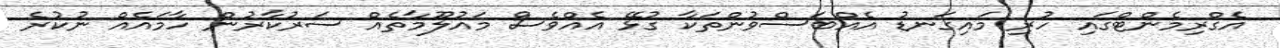
އެގްރިމެންޓްގައި ހުރި މައިގަނޑު އެއްބަސްވުންތަކާ ގުޅޭ އެއްވެސް މައުލޫމާތެއް ސަރުކާރުން ހާމައެއް ނުކުރެ